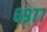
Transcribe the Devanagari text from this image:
६९७७